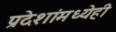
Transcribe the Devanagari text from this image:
प्रदेशांमध्येही